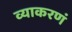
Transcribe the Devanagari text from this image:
व्याकरणं